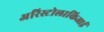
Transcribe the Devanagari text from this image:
अरिस्टोलाकिआई